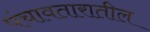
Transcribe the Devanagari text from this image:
पंचावतारातील